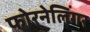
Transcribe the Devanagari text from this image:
फोरनेलिंगर